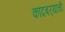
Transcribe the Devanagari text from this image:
कांदबर्‍यांची